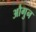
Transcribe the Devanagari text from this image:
औगुन